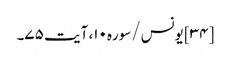
[۳۴] یونس/سوره۱۰، آیت ۷۵۔